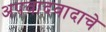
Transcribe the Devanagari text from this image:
अपवादवादाचे